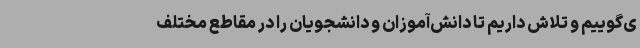
ی‌گوییم و تلاش داریم تا دانش‌آموزان و دانشجویان را در مقاطع مختلف